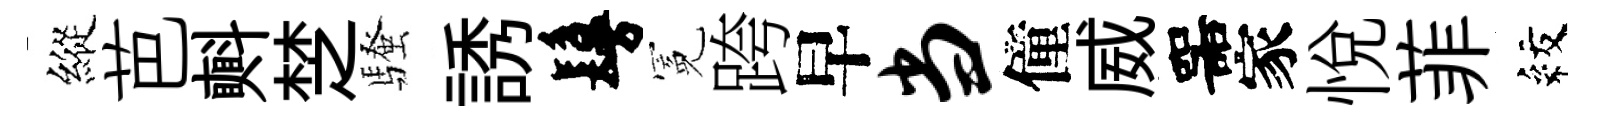
縱芭㪺椘騷誘鬘冕跨早当僮威噐家悦菲紋